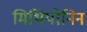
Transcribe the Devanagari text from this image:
मिथियोनिन